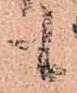
も